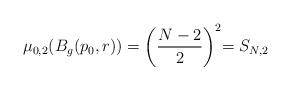
LaTeX: \begin{align*}\begin{array}{cc}\mu_{0,2}(B_g(p_0,r))=\biggl( \displaystyle\frac{N-2}{2}\biggl)^2=S_{N,2}\end{array}\end{align*}